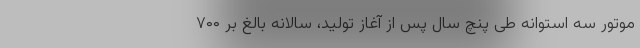
موتور سه‌ استوانه طی پنچ سال پس از آغاز تولید، سالانه بالغ بر ۷۰۰